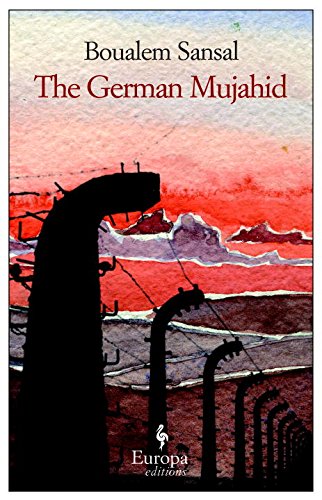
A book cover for The German Mujahid; Boualem Sansal; Literature & Fiction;